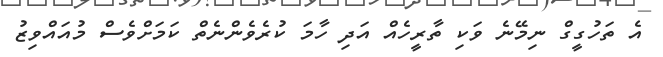
އެ ތަހުގީގް ނިމޭނެ ވަކި ތާރީހެއް އަދި ހާމަ ކުރެވެންނެތް ކަމަށްވެސް މުއައްވިޒު